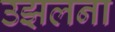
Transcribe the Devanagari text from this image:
उझलना